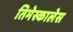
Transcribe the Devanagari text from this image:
तिमेस्कालेस